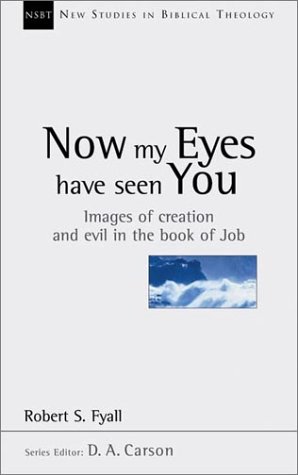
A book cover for Now My Eyes Have Seen You: Images of Creation and Evil in the Book of Job (New Studies in Biblical Theology); Robert Fyall; Christian Books & Bibles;